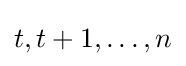
t,t+1,\ldots ,n